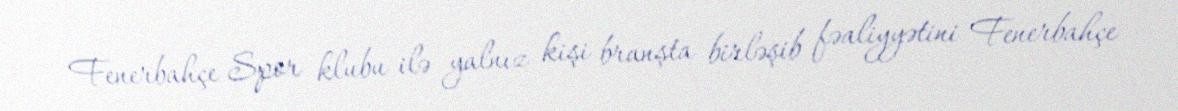
Fenerbahçe Spor klubu ilə yalnız kişi branşta birləşib fəaliyyətini Fenerbahçe